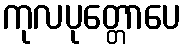
ကုလပုတ္တောပေ